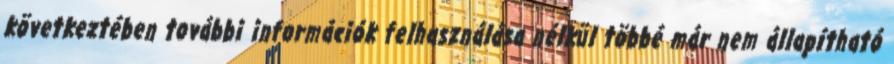
következtében további információk felhasználása nélkül többé már nem állapítható